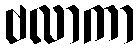
ဗလာကာ